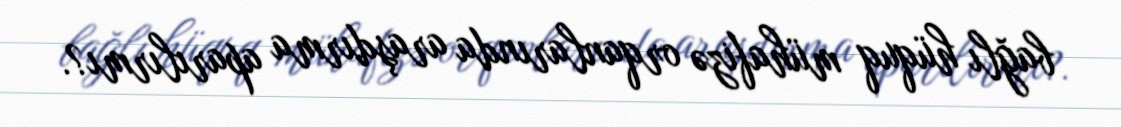
bağlı hüquq mühafizə orqanlarında araşdırma aparılırmı?.